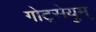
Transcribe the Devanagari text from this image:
गोट्सेयुम्